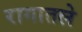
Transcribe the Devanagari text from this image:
रागातले